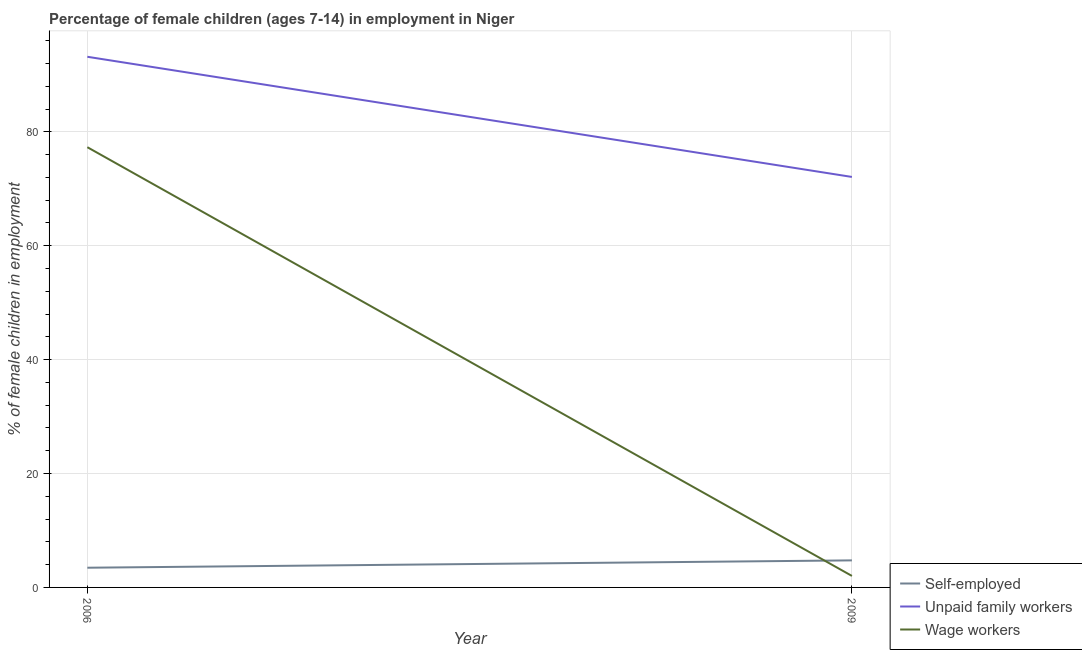
| Year | Self-employed | Unpaid family workers | Wage workers |
 | --- | --- | --- | --- |
 | 2006 | 3.46 | 93.2 | 77.3 |
 | 2009 | 4.75 | 72.1 | 2.02 |